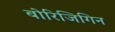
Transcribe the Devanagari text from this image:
बोरिजिगिन